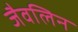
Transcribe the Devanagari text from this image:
जैवलिन